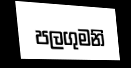
පලගුමනි